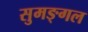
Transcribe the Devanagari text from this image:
सुमङ्गल